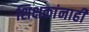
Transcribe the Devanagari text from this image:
शिक्षकांनाही